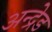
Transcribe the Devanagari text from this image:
अन्द्रेड